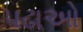
પઢાઓ